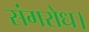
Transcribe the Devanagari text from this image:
संगरोध।